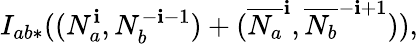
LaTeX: I_{ab*}((N_{a}^{\mathbf{i}},N_{b}^{-\mathbf{i}-1})+(\overline{{{{N_{a}}}}}^{\mathbf{i}},\overline{{{{N_{b}}}}}^{-\mathbf{i}+1})),